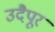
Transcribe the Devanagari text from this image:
उदैपूर